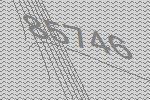
85746